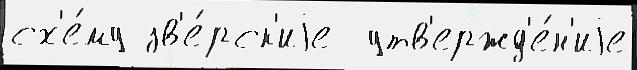
сх'е́му зв'е́рск'иjе  утв'ержд'е́н'иjе